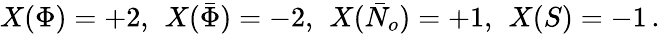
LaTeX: X(\Phi)=+2,\ \, X({\bar{\Phi}})=-2,\ \, X({\bar{N}_{o}})=+1,\ \, X(S)=-1\, .